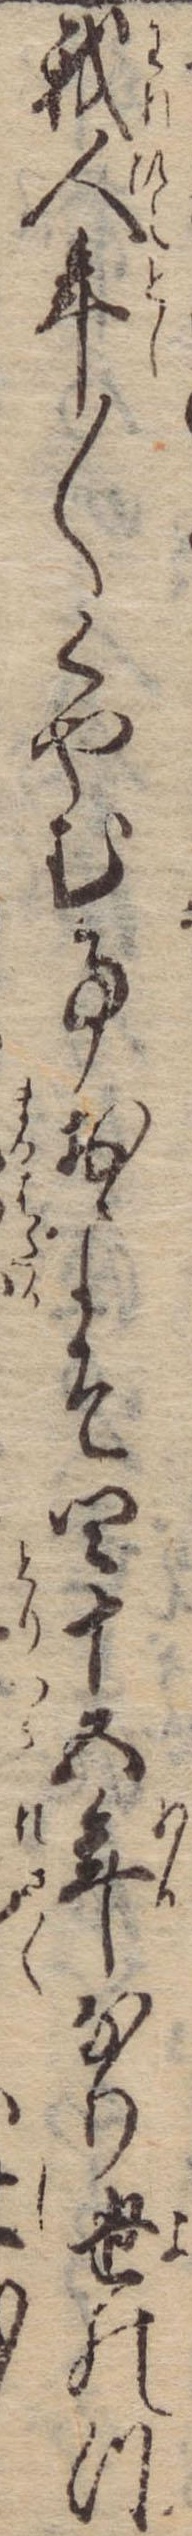
我人年〱くやむ事およそ四十五年なり世のつ